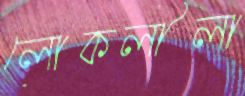
লোকলীলা